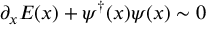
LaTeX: \partial _ { x } E ( x ) + \psi ^ { \dagger } ( x ) \psi ( x ) \sim 0